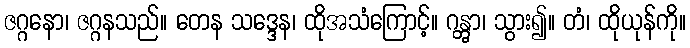
ဇဂ္ဂနော၊ ဇဂ္ဂနသည်။ တေန သဒ္ဒေန၊ ထိုအသံကြောင့်။ ဂန္တွာ၊ သွား၍။ တံ၊ ထိုယုန်ကို။